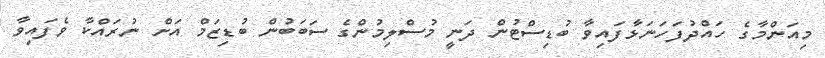
މިއަންމާގެ ހައްދުފަހަނަޅާފައިވާ ބުޑިސްޓުން ދަނީ މުސްލިމުންގެ ސަބަބުން ބުޑިޒަމް އަށް ނުރައްކާ ވެފައިވާ